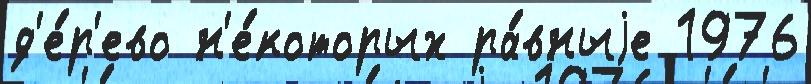
д'е́р'ево н'е́которых ра́вныjе 1976